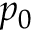
p _ { 0 }